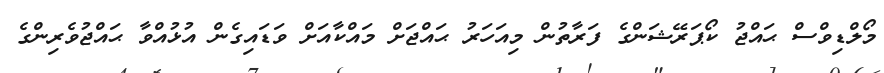
މޯލްޑިވްސް ޙައްޖު ކޯޕަރޭޝަންގެ ފަރާތުން މިއަހަރު ޙައްޖަށް މައްކާއަށް ވަޑައިގެން އުޅުއްވާ ޙައްޖުވެރިންގެ